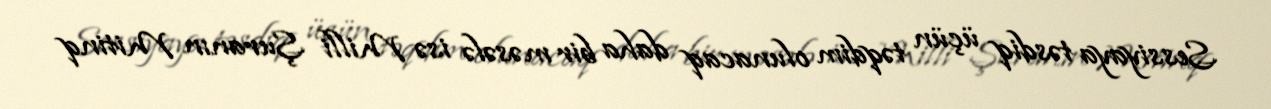
Sessiyaya təsdiq üçün təqdim olunacaq daha bir məsələ isə Milli Şuranın Mitinq